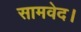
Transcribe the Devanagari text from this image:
सामवेद।